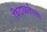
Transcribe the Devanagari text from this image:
विटाळलेल्या